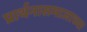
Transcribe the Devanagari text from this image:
प्रार्थनासमाजाच्या